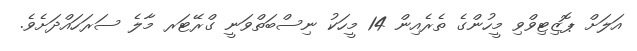
އަލަށް ޕޮޒިޓިވްވި މީހުންގެ ތެރެއިން 14 މީހަކު ނިސްބަތްވަނީ ގްރޭޓަރ މާލެ ސަރަހައްދަށެވެ.